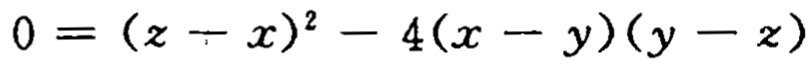
\(0 = (z - x)^{2} - 4(x - y)(y - z)\)